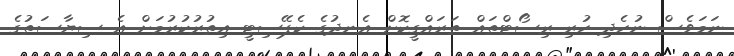
ނަމަވެސް ނުހެދި ހުރި ރިސޯޓްތައް ތަރައްގީކޮށް އެނދުގެ ކެޕޭސިޓީ އިތުރުކުރުމަށް އެ ސިޔާސަތުގެ